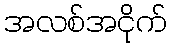
အလစ်အငိုက်